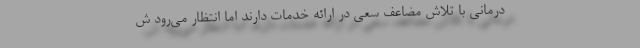
درمانی با تلاش مضاعف سعی در ارائه خدمات دارند اما انتظار می‌رود ش